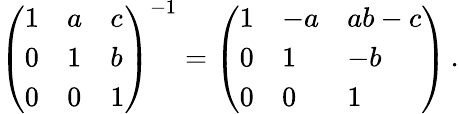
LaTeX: {\left(\begin{array}{lll}{1}&{a}&{c}\\ {0}&{1}&{b}\\ {0}&{0}&{1}\end{array}\right)}^{-1}={\left(\begin{array}{lll}{1}&{-a}&{ab-c}\\ {0}&{1}&{-b}\\ {0}&{0}&{1}\end{array}\right)}\, .